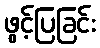
ဖွင့်ပြခြင်း